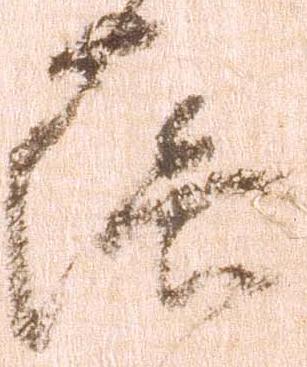
落